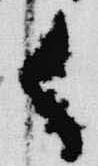
御